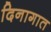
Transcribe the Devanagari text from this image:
दिनागात